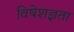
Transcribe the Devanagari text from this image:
विषेशज्ञता